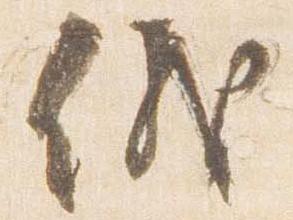
儀